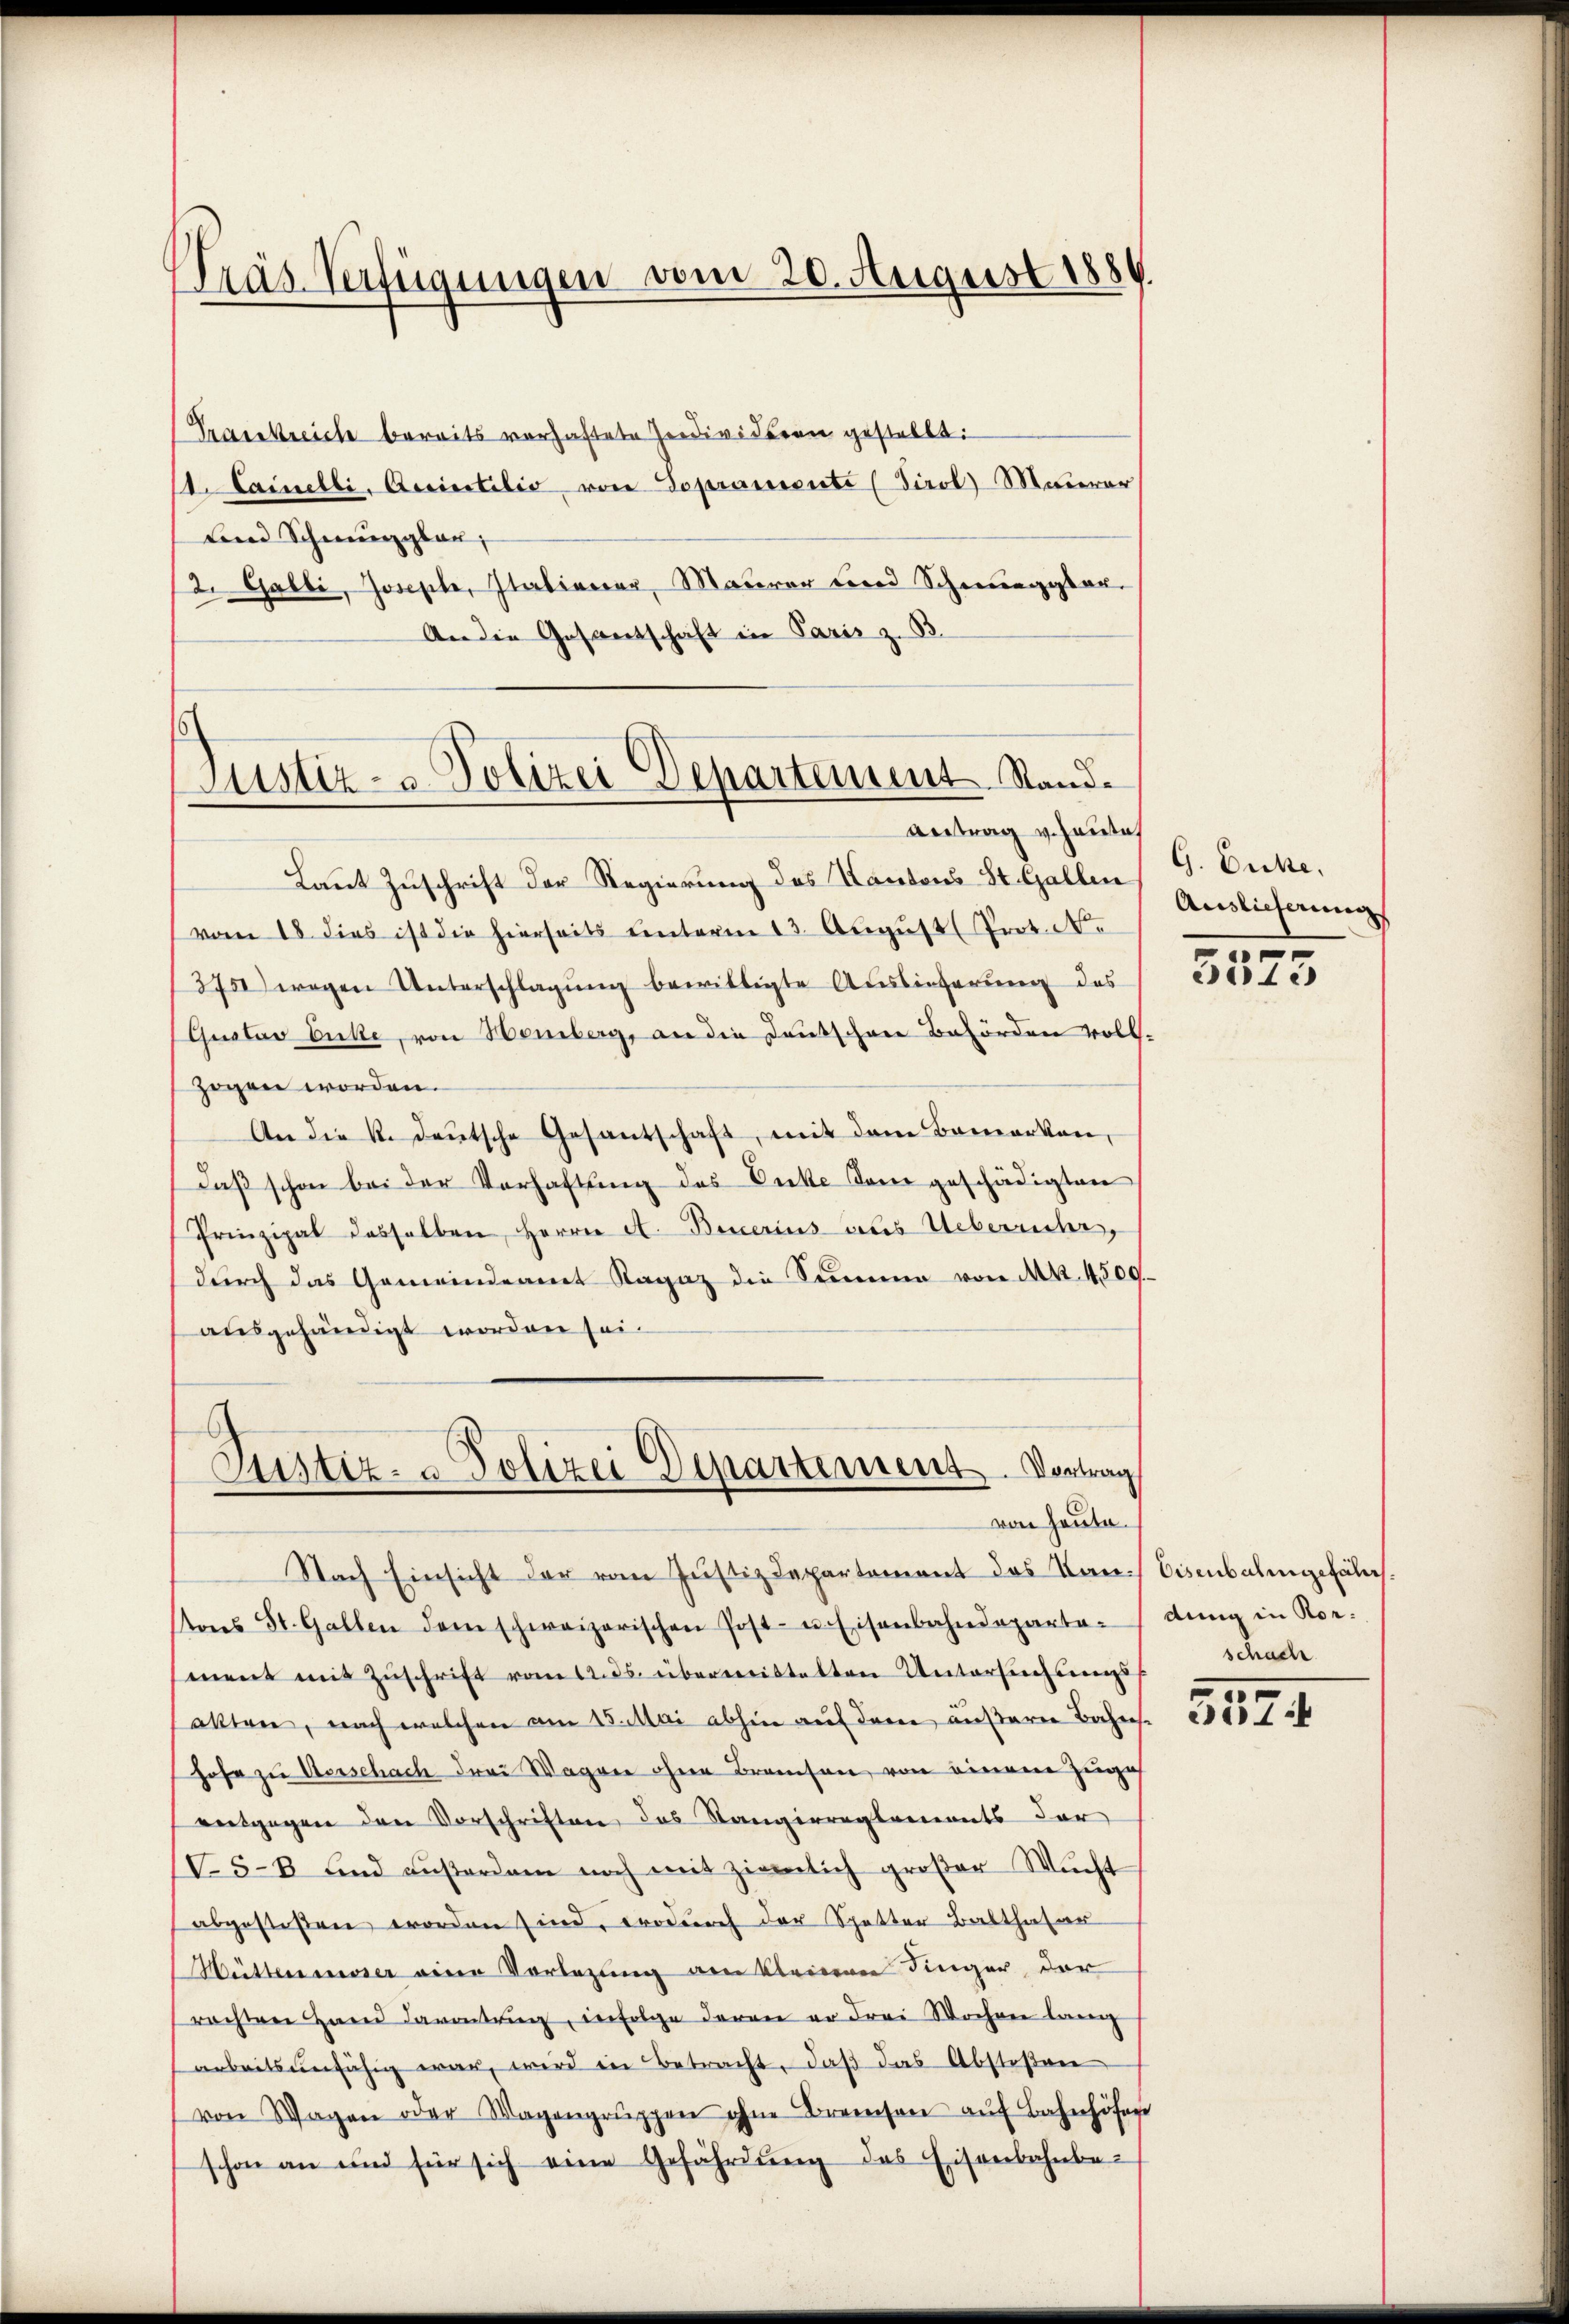
Träs Verfügungen vom 20. August 1884

Trasekreiche bereits vorhaftete Zerdivideren gestellt:
11. Lainelli, Accistilio von Sopranierte (Tirol-Maurer
Land Schmerzglar,
12. Galli, Joseph, Stationar, Maurer und Scheggbar.
An die Gesantschaft in Paris z. B.

Justiz- & Polizei Departement Stand.
Antrag v. Hause

Laut Zuschrift der Regierung des Kantons St. Gallen Auslicherungs
vom 18. dies ist die hierseits unterm 13. August (Prot. N.
3750) wegen Unterschlagung bewilligte Auslieferung des
(Qustav Dicke, von Homberg, an die Deutschen Behörden voll-
zogen worden.
An die k. deŭtsche Gesantschaft, mit dem Bemerken,
daβ schon bei der Verhaftung des Onke dem geschädigten
Prinzipal desselben Herrn A. Bonerins actes Ueberrühr,
dŭrch das Gemeindeamt Ragaz die Summe von Mk. 4500.
ausgehändigt worden sei.

Justiz- & Polizei Departement. Vortrag
von heute.
Nach Einsicht der vom Justizdepartement des Kan Disenbahngefäl

tons St. Gallen dem schweizerischen Post- u. Eisenbahndeparta-
ment mit Zŭschrift vom 14.ds. übermeistalten Untersuchungss
akten, nach welchen am 15. Mai abhin auf deren äußerer Bahns
hofe zu Verschach drei Wagen ohne Branchen von einem Zugeh
entgegen den Vorschriften das Sangirreglements der
5-8 und aŭβerdam noch mit ziemlich großer Mŭcht
abgestehen worden sind, trodurch der Spotter Balthasan
Hütteresser eine Vorlegung von kleinen Finger, der
rachten Hand davontrag, infolge daran er drei Wocheer lang
arbeitsunfähig war, wird in Betracht, daβ das Abstoßen
von Wagen oder Magengrŭppen ohne Breesen aŭf Bahnhöfe
schon an und für sich eine Gefährdŭng des Eisenbahnbe-

G. Ouche,
4

4.)

dung in Rorschach

0
1